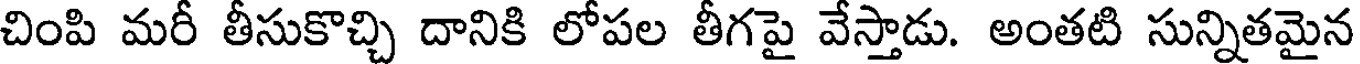
చింపి మరీ తీసుకొచ్చి దానికి లోపల తీగపై వేస్తాడు. అంతటి సున్నితమైన